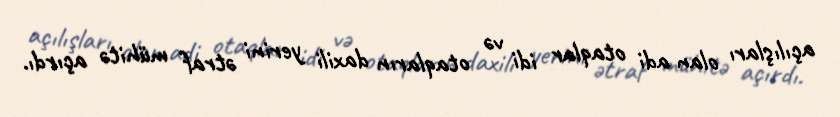
açılışları olan adi otaqlar idi və otaqların daxili yerini ətraf mühitə açırdı.